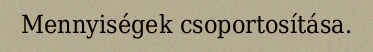
Mennyiségek csoportosítása.